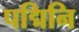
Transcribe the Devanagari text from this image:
पद्मिनि